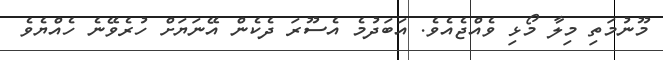
މޫނުމަތި މިލާ މޯޅި ވެއްޖެއެވެ. އަބަދުމެ އެސޫރަ ދެކެން އޭނަޔަށް ހުރެވޭނެ ހެއްޔެވެ